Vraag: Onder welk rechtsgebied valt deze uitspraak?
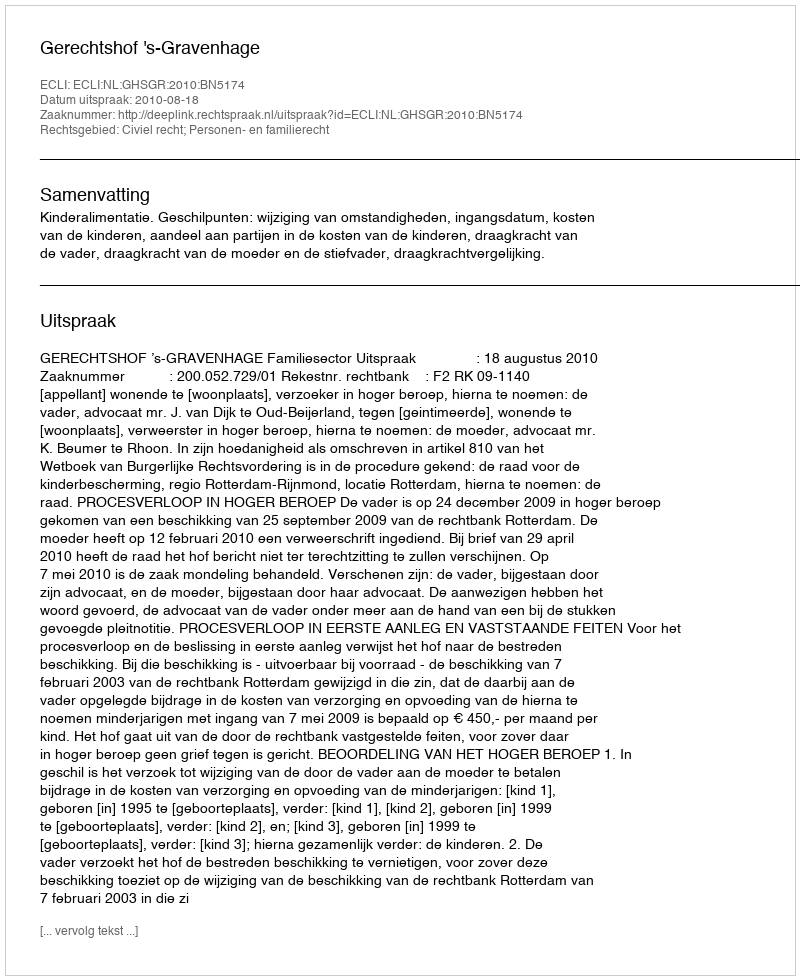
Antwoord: Civiel recht; Personen- en familierecht